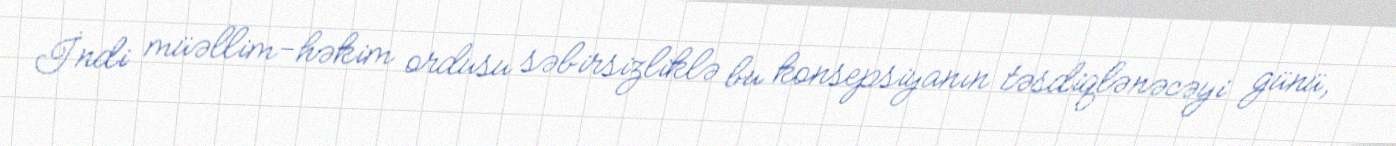
İndi müəllim-həkim ordusu səbirsizliklə bu konsepsiyanın təsdiqlənəcəyi günü,